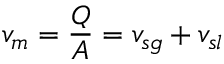
v _ { m } = \frac { Q } { A } = v _ { s g } + v _ { s l }